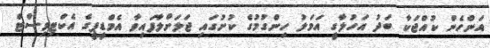
އަންހެން ކުއްޖަކާ ބަދު އަހުލާގީ އަމަލު ހިންގުމުގެ ކުށުގައި ޖަލަށްލާފައިވާ އެމްޑީޕީގެ އެކްޓިވިސްޓް